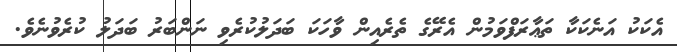
އެކަކު އަނެކަކާ ތަޢާރަފްވަމުން އެރޭގެ ތެރެއިން ވާހަކަ ބަދަލުކުރެވި ނަންބަރު ބަދަލު ކުރެވުނެވެ.